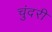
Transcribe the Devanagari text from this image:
चुंदरी